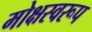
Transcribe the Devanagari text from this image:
मोक्षस्वरूप